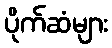
ပိုက်ဆံများ